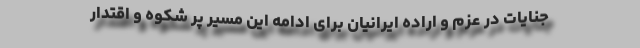
جنایات در عزم و اراده ایرانیان برای ادامه این مسیر پر شکوه و اقتدار